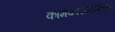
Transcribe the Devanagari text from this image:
कामकाजासंबंधाने